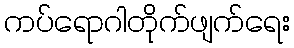
ကပ်ရောဂါတိုက်ဖျက်ရေး